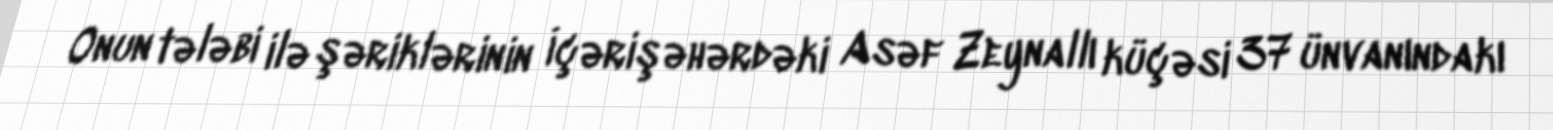
Onun tələbi ilə şəriklərinin İçərişəhərdəki Asəf Zeynallı küçəsi 37 ünvanındakı